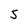
Character: 5